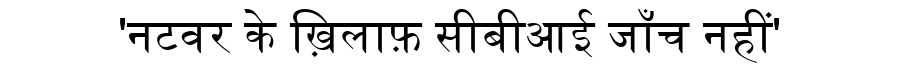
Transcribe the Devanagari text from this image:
'नटवर के ख़िलाफ़ सीबीआई जाँच नहीं'